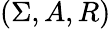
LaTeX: (\Sigma,A,R)